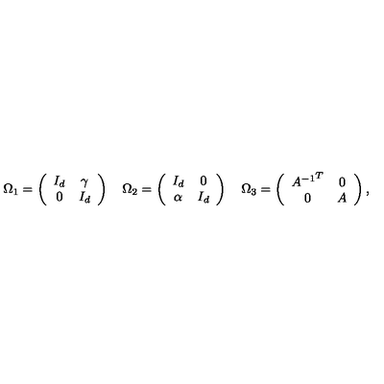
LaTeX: \Omega _ { 1 } = \left( \begin{array} { c c } { I _ { d } } & { \gamma } \\ { 0 } & { I _ { d } } \\ \end{array} \right) \quad \Omega _ { 2 } = \left( \begin{array} { c c } { I _ { d } } & { 0 } \\ { \alpha } & { I _ { d } } \\ \end{array} \right) \quad \Omega _ { 3 } = \left( \begin{array} { c c } { { A ^ { - 1 } } ^ { T } } & { 0 } \\ { 0 } & { A } \\ \end{array} \right) ,